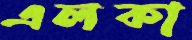
এলকা